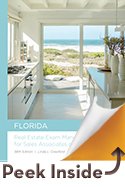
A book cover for Florida Real Estate Exam Manual for Sales Associates and Brokers; Linda L. Crawford; Test Preparation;